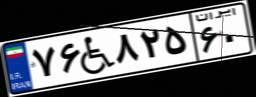
۴۹W۷۷۷۲۳